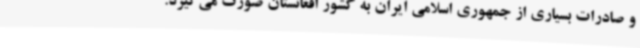
و صادرات بسیاری از جمهوری اسلامی ایران به کشور افغانستان صورت می‌گیرد.